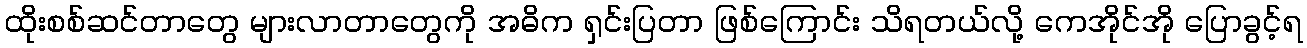
ထိုးစစ်ဆင်တာတွေ များလာတာတွေကို အဓိက ရှင်းပြတာ ဖြစ်ကြောင်း သိရတယ်လို့ ကေအိုင်အို ပြောခွင့်ရ